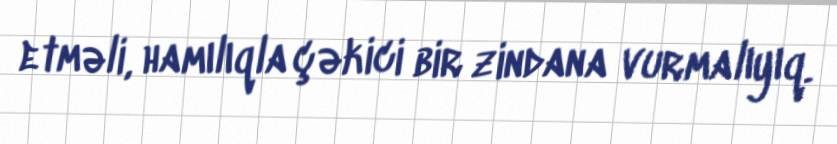
etməli, hamılıqla çəkici bir zindana vurmalıyıq.